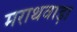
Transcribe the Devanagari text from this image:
मराथवाड़ा